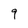
Character: 9